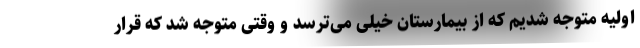
اولیه متوجه شدیم که از بیمارستان خیلی می‌ترسد و وقتی متوجه شد که قرار